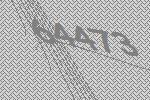
64473